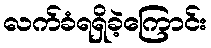
လက်ခံရရှိခဲ့ကြောင်း